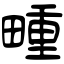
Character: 畽